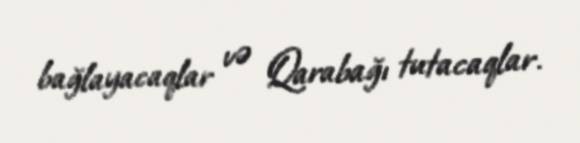
bağlayacaqlar və Qarabağı tutacaqlar.